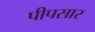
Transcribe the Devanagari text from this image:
पीपसार